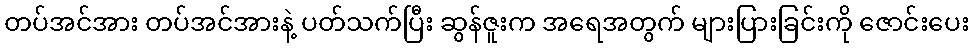
တပ်အင်အား တပ်အင်အားနဲ့ ပတ်သက်ပြီး ဆွန်ဇူးက အရေအတွက် များပြားခြင်းကို ဇောင်းပေး